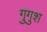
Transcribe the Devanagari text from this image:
गुगुश